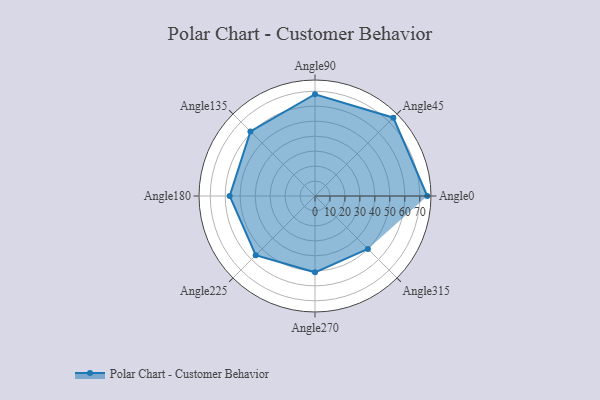
{"axis": {"x": "Angle", "y": "Radius"}, "legend": [""], "data": [{"x": "Angle0", "y": 75.0, "type": ""}, {"x": "Angle45", "y": 74.0, "type": ""}, {"x": "Angle90", "y": 68.0, "type": ""}, {"x": "Angle135", "y": 61.0, "type": ""}, {"x": "Angle180", "y": 57.0, "type": ""}, {"x": "Angle225", "y": 56.0, "type": ""}, {"x": "Angle270", "y": 51.0, "type": ""}, {"x": "Angle315", "y": 50, "type": ""}]}